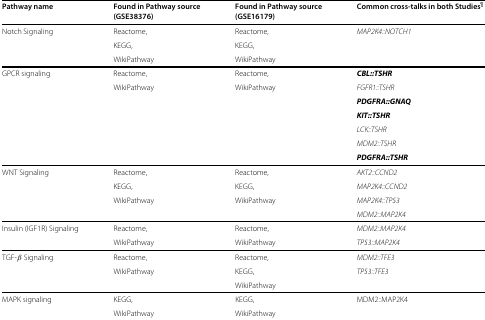
<table><thead><tr><td><b>Pathway name</b></td><td><b>Found in Pathway source</b></td><td><b>Found in Pathway source</b></td><td><b>Common cross-talks in both Studies <sup><i>¶</i></sup></b></td></tr><tr><td></td><td><b>(GSE38376)</b></td><td><b>(GSE16179)</b></td><td></td></tr></thead><tbody><tr><td>Notch Signaling</td><td>Reactome,</td><td>Reactome,</td><td><i>MAP2K4::NOTCH1</i></td></tr><tr><td></td><td>KEGG,</td><td>KEGG,</td><td></td></tr><tr><td></td><td>WikiPathway</td><td>WikiPathway</td><td></td></tr><tr><td>GPCR signaling</td><td>Reactome,</td><td>Reactome,</td><td><b><i>CBL::TSHR</i></b></td></tr><tr><td></td><td>WikiPathway</td><td>WikiPathway</td><td><i>FGFR1::TSHR</i></td></tr><tr><td></td><td></td><td></td><td><b><i>PDGFRA::GNAQ</i></b></td></tr><tr><td></td><td></td><td></td><td><b><i>KIT::TSHR</i></b></td></tr><tr><td></td><td></td><td></td><td><i>LCK::TSHR</i></td></tr><tr><td></td><td></td><td></td><td><i>MDM2::TSHR</i></td></tr><tr><td></td><td></td><td></td><td><b><i>PDGFRA::TSHR</i></b></td></tr><tr><td>WNT Signaling</td><td>Reactome,</td><td>Reactome,</td><td><i>AKT2::CCND2</i></td></tr><tr><td></td><td>KEGG,</td><td>KEGG,</td><td><i>MAP2K4::CCND2</i></td></tr><tr><td></td><td>WikiPathway</td><td>WikiPathway</td><td><i>MAP2K4::TP53</i></td></tr><tr><td></td><td></td><td></td><td><i>MDM2::MAP2K4</i></td></tr><tr><td>Insulin (IGF1R) Signaling</td><td>Reactome,</td><td>Reactome,</td><td><i>MDM2::MAP2K4</i></td></tr><tr><td></td><td>WikiPathway</td><td>WikiPathway</td><td><i>TP53::MAP2K4</i></td></tr><tr><td>TGF- <i>β</i> Signaling</td><td>Reactome,</td><td>Reactome,</td><td><i>MDM2::TFE3</i></td></tr><tr><td></td><td>WikiPathway</td><td>KEGG,</td><td><i>TP53::TFE3</i></td></tr><tr><td></td><td></td><td>WikiPathway</td><td></td></tr><tr><td>MAPK signaling</td><td>KEGG,</td><td>KEGG,</td><td>MDM2::MAP2K4</td></tr><tr><td></td><td>WikiPathway</td><td>WikiPathway</td><td></td></tr></tbody></table>